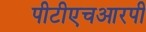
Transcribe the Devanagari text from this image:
पीटीएचआरपी